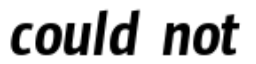
could not